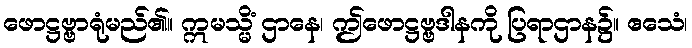
ဖောဋ္ဌဗ္ဗာရုံမည်၏။ ဣမသ္မိံ ဌာနေ၊ ဤဖောဋ္ဌဗ္ဗဒါနကို ပြရာဌာန၌။ ဧသေံ၊